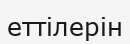
еттілерін